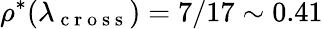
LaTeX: \rho^{*}(\lambda_{\mathrm{~c~r~o~s~s~}})=7/17\sim 0.41